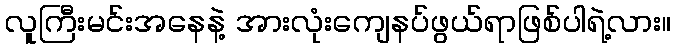
လူကြီးမင်းအနေနဲ့ အားလုံးကျေနပ်ဖွယ်ရာဖြစ်ပါရဲ့လား။